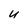
Character: u